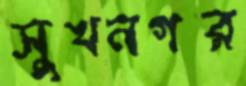
সুখনগর